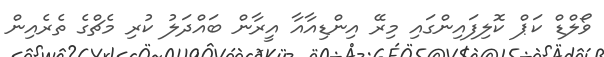
ވޯލްޑް ކަޕް ކޮލިފައިންގައި މިރޭ އިންޑިއާއާ އީރާން ބައްދަލު ކުރި މެޗްގެ ތެރެއިން